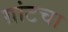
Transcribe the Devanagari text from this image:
ग्रांटचा